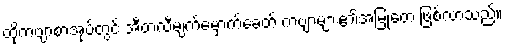
ထိုကဗျာစာအုပ်တွင် အီတလီမျက်မှောက်ခေတ် ကဗျာများ၏အမြုတေ ဖြစ်လာသည်။